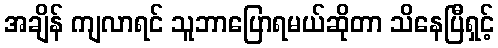
အချိန် ကျလာရင် သူဘာပြောရမယ်ဆိုတာ သိနေပြီရှင့်